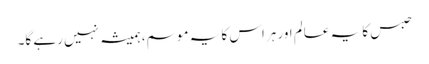
حبس کا یہ عالم اور ہراس کا یہ موسم، ہمیشہ نہیں رہے گا۔